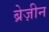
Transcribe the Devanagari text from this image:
ब्रेज़ीन